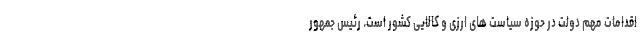
اقدامات مهم دولت در حوزه سیاست های ارزی و کالایی کشور است. رئیس جمهور